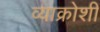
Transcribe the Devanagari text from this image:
व्याक्रोशीं